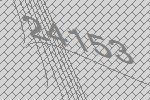
24153